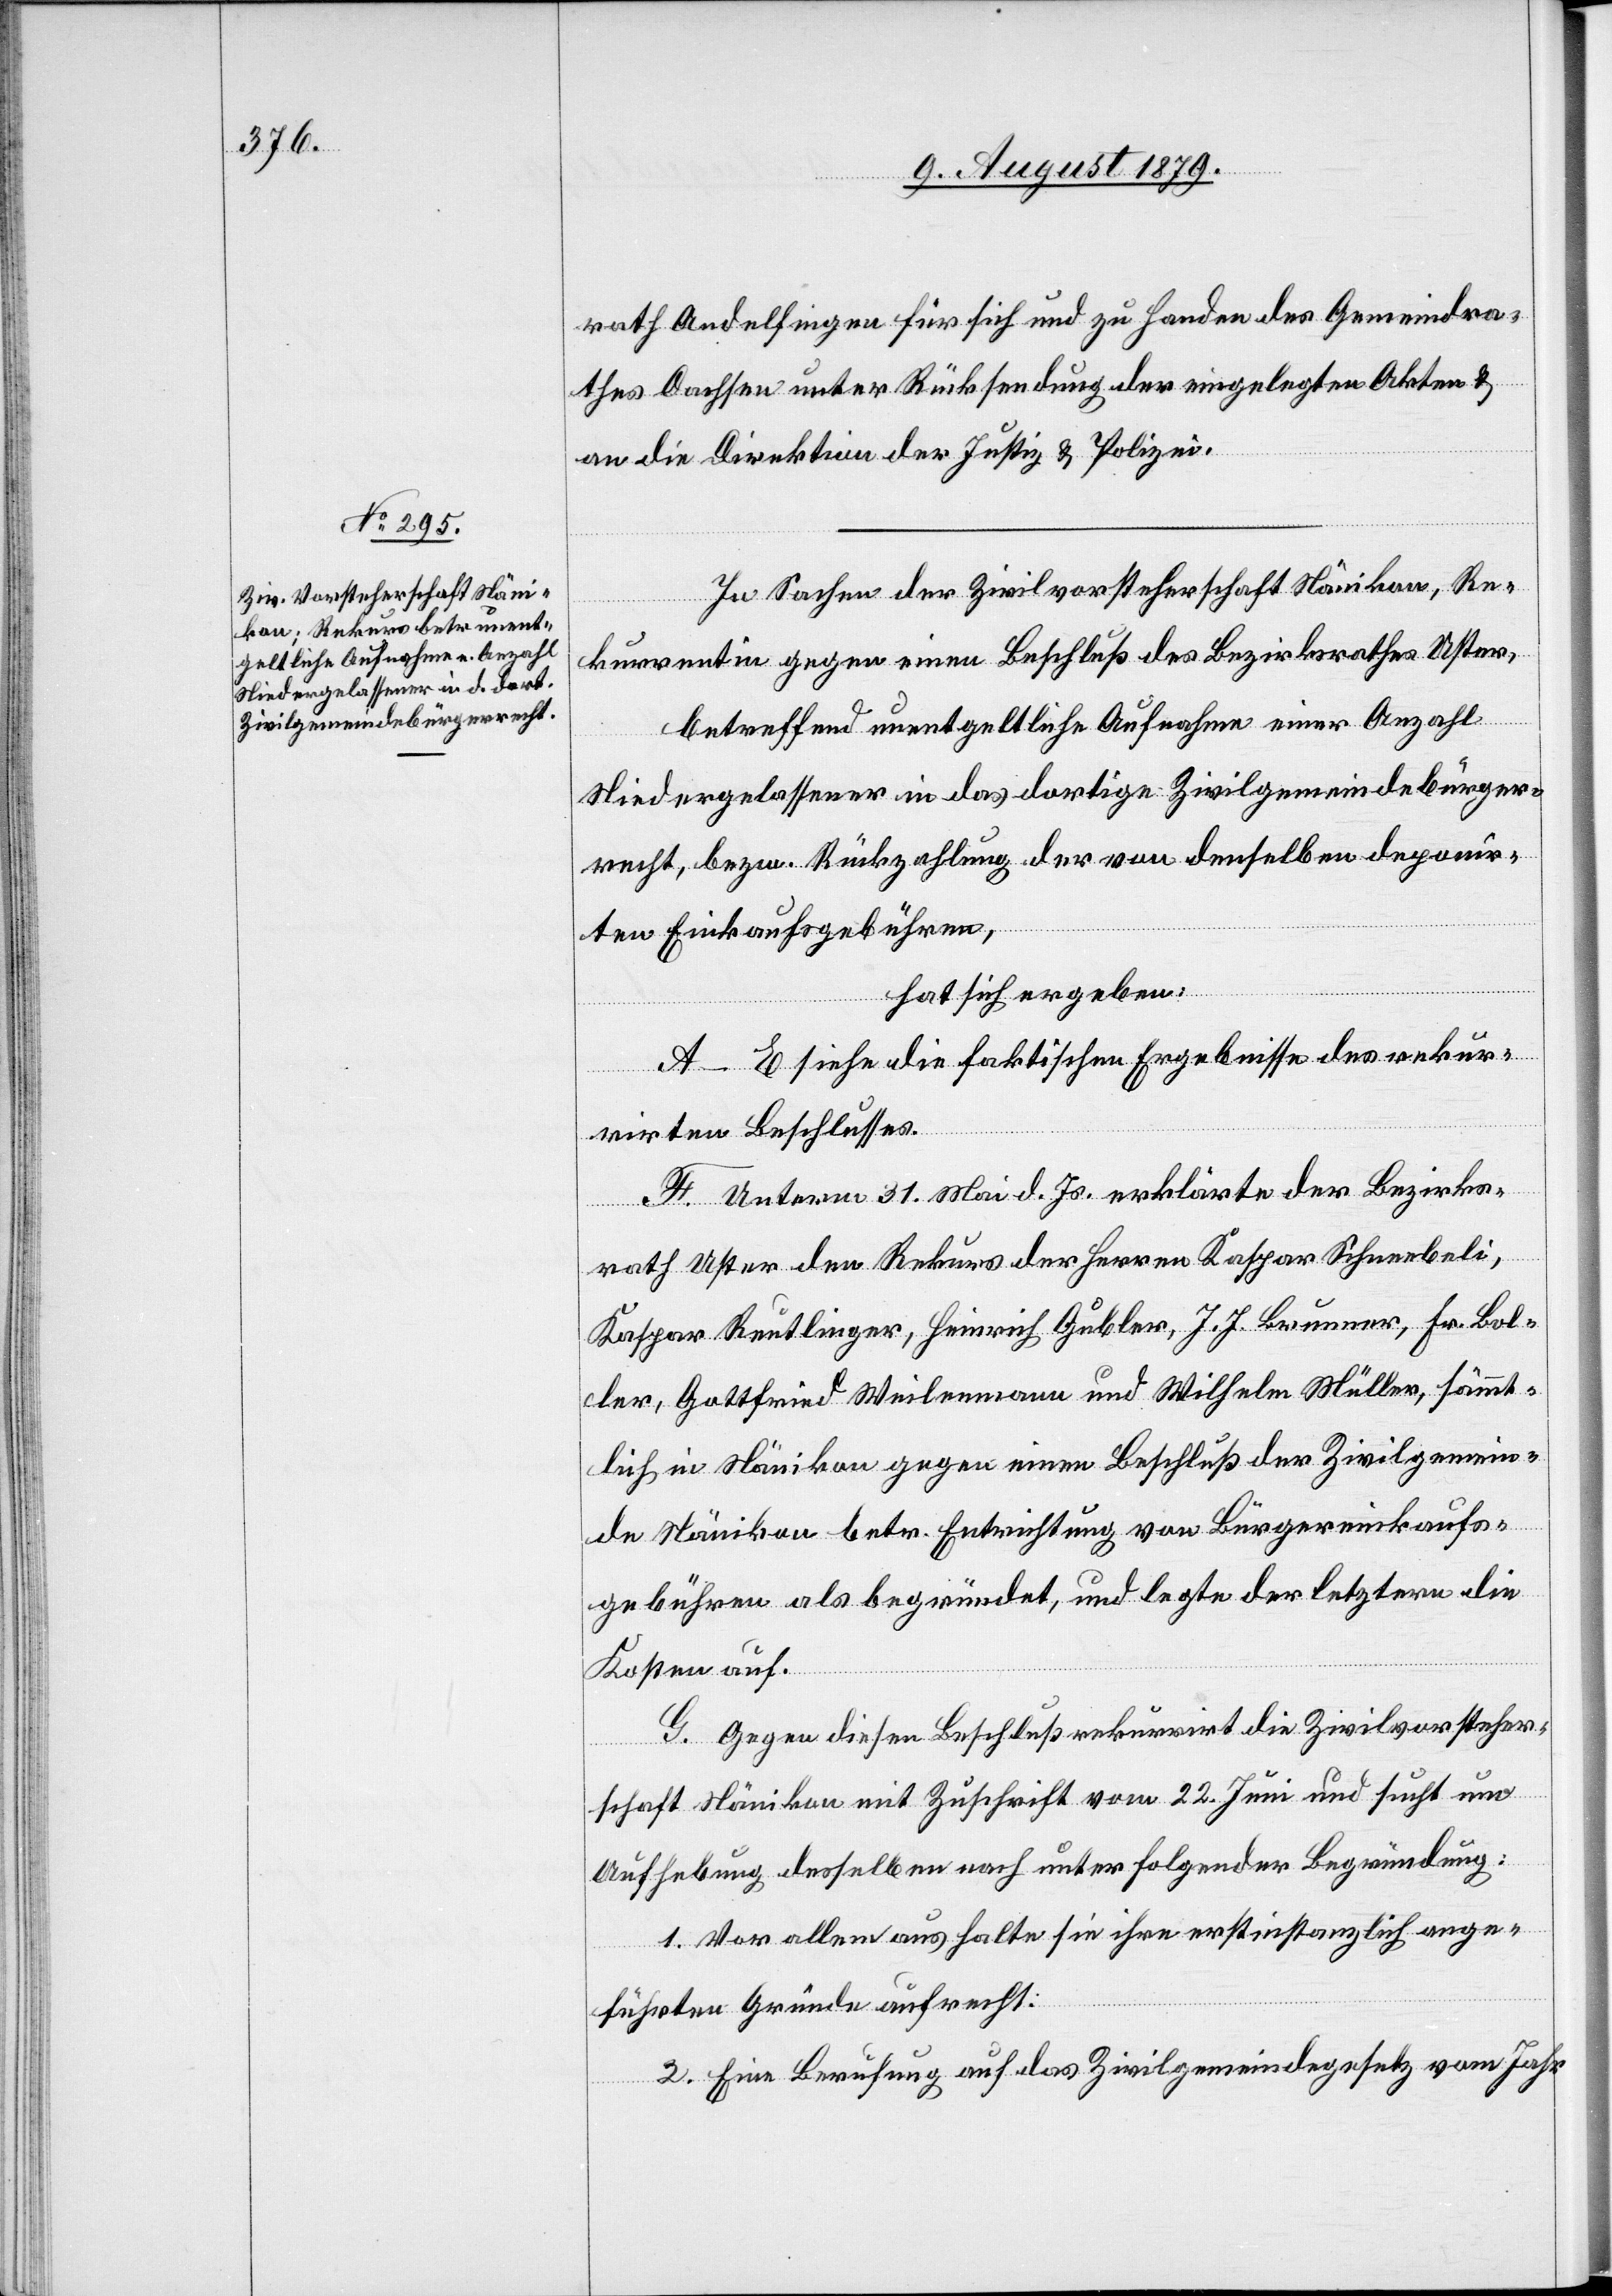
rath Andelfingen für sich und zu Handen des Gemeindra¬
thes Dachsen unter Rücksendung der eingelegten Akten &
an die Direktion der Justiz & Polizei.
In Sachen der Zivilvorsteherschaft Nänikon, Re¬
kurrentin gegen einen Beschluß des Bezirksrathes Uster,
betreffend unentgeltliche Aufnahme einer Anzahl
Niedergelaßener in das dortige Zivilgemeindebürger¬
recht, bezw. Rückzahlung der von denselben deponir¬
ten Einkaufsgebühren,
hat sich ergeben:
A–E. siehe die faktischen Ergebnisse des rekur¬
rirten Beschlusses.
F. Unterm 31. Mai d. Js. erklärte der Bezirks¬
rath Uster den Rekurs der Herren Kaspar Schneebeli,
Kaspar Reutlinger, Heinrich Gubler, J. H. Brunner, Fr. Bol¬
ler, Gottfried Weilenmann und Wilhelm Müller, sämmt¬
lich in Nänikon gegen einen Beschluß der Zivilgemein¬
de Nänikon betr. Entrichtung von Bürgereinkaufs¬
gebühren als begründet, und legte der letztern die
Kosten auf.
G. Gegen diesen Beschluß rekurrirt die Zivilvorsteher¬
schaft Nänikon mit Zuschrift vom 22. Juni und sucht um
Aufhebung desselben nach unter folgender Begründung:
1. Vor allem aus halte sie ihre erstinstanzlich ange¬
führten Gründe aufrecht.
2. Eine Berufung auf das Zivilgemeindegesetz vom Jahr